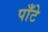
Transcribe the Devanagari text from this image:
पाँटे